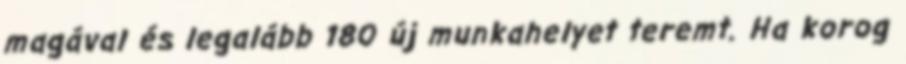
magával és legalább 180 új munkahelyet teremt. Ha korog